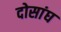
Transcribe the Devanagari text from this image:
दोसांघ